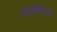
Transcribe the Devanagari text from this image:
मोन्तेविदेयो